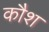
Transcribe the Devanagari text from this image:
कौश